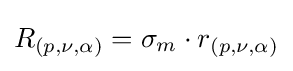
R_{(p,\nu ,\alpha )}=\sigma _{m}\cdot r_{(p,\nu ,\alpha )}